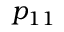
p _ { 1 1 }